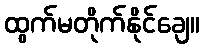
ထွက်မတိုက်နိုင်ချေ။